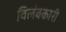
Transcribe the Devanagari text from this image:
विलंबकारी